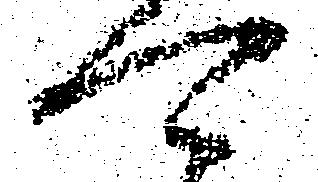
可